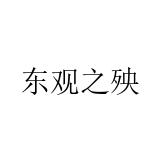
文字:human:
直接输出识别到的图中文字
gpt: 东观之殃